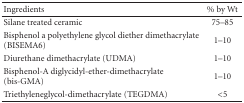
<table><thead><tr><td><b>Ingredients</b></td><td><b>% by Wt</b></td></tr></thead><tbody><tr><td>Silane treated ceramic</td><td>75–85</td></tr><tr><td>Bisphenol a polyethylene glycol diether dimethacrylate (BISEMA6)</td><td>1–10</td></tr><tr><td>Diurethane dimethacrylate (UDMA)</td><td>1–10</td></tr><tr><td>Bisphenol-A diglycidyl-ether-dimethacrylate (bis-GMA)</td><td>1–10</td></tr><tr><td>Triethyleneglycol-dimethacrylate (TEGDMA)</td><td>&lt;5</td></tr></tbody></table>